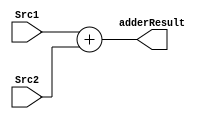
module Adder (
    input [31:0] Src1,Src2,
    output [31:0] adderResult
);
    assign adderResult = Src1+Src2;
endmodule